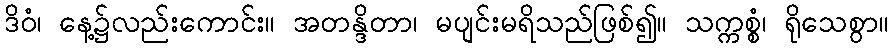
ဒိဝံ၊ နေ့၌လည်းကောင်း။ အတန္ဒိတာ၊ မပျင်းမရိသည်ဖြစ်၍။ သက္ကစ္စံ၊ ရိုသေစွာ။